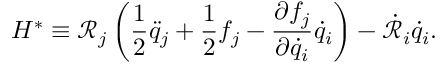
H ^ { * } \equiv \mathcal { R } _ { j } \left( \frac { 1 } { 2 } \ddot { q } _ { j } + \frac { 1 } { 2 } f _ { j } - \frac { \partial f _ { j } } { \partial \dot { q } _ { i } } \dot { q } _ { i } \right) - \dot { \mathcal { R } } _ { i } \dot { q } _ { i } .